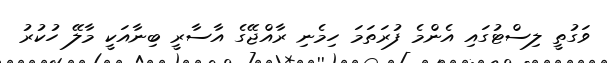
ވަގުތީ ލިސްޓުގައި އެންމެ ފުރަތަމަ ހިމެނި ރާއްޖޭގެ އާސާރީ ބިނާއަކީ މާލޭ ހުކުރު